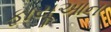
ફાયૂઆન